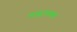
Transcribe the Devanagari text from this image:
माइचक्स